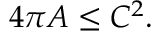
4 \pi A \leq C ^ { 2 } .